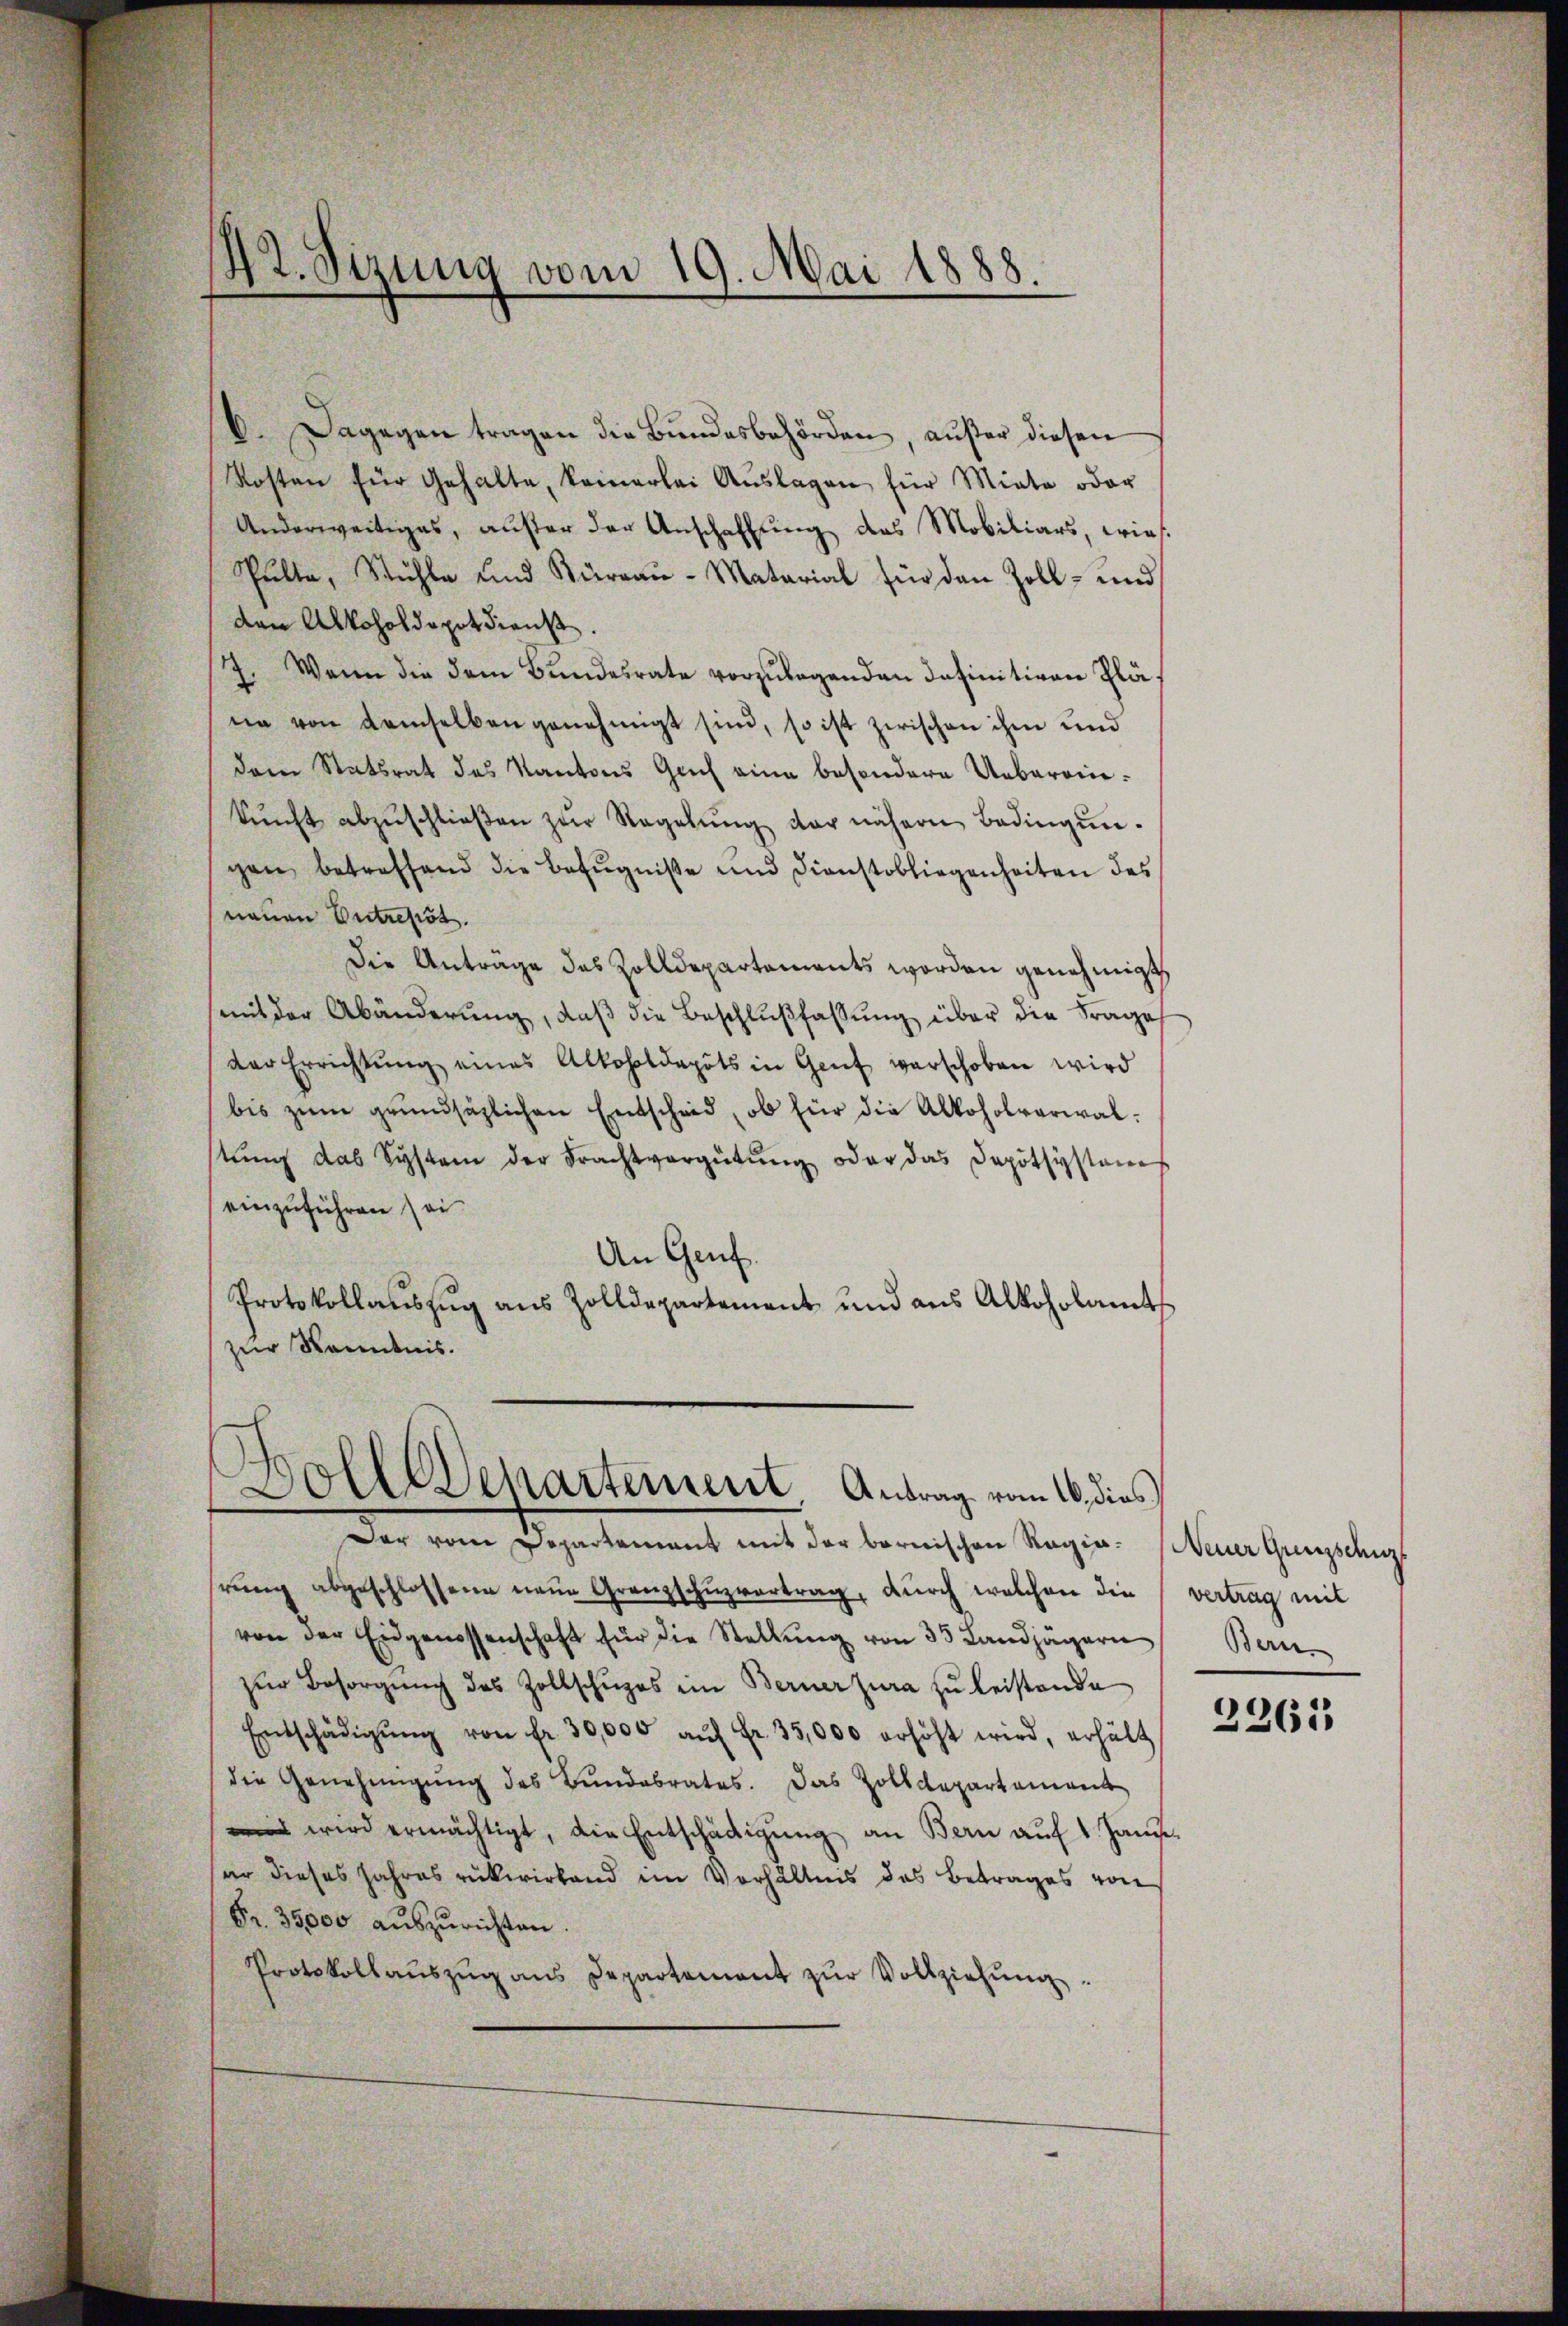
6. Dagegen tragen die Bundesbehörden, außer diesen
Kosten für Gehalte, keinerlei Aŭslagen für Miete oder
Anderweitiges, außer der Anschaffung des Mobiliars, wies
Pulta, Stühle und Kurrau-Matarial für den Zoll- und
dan Alkoholdopot dienst.
7. Wenn die dem Bundesrate vorzulegenden Infinitiven Pläne von demselben genehmigt sind, so ist zwischen ihm und
dem Statsrat des Kantons Grich eine besondere Uebereinkŭnft abzŭschlieβen zŭr Regelŭng der nähern Bedingŭn-
gen betreffend die Befugniße und Dienstobliegenheiten des
nauen Entrepist.
Die Anträge des Zolldepartements worden genehmigt
(mit der Abänderung, daß die Beschlußfassung über die Frages
der Errichtŭng eines Alkoholdepots in Genf verschoben wird
bis zŭm grundsätzlichen Entscheid, ob für die Alkoholverwalstŭng das System der Frachtvergütŭng oder das Depotsystemes
einzuführen sei
An Genf.
Protokollaŭszŭg aŭs Zolldepartement und aŭs Alkoholamt
zur Kenntnis.

42. Sizung vom 19. Mai 1888.

Doll Departement Antrag vom 16. dies

hrung abgeschlossene neue Granzschuzvortrag, durch welchen die
von der Eidgenossenschaft für die Stellŭng von 33 Landjägern
zŭr Besorgŭng des Zollschŭpes ein Berner Jura zŭ leistende
Entschädigŭng von fr. 30,000 aŭf Fr. 35,000 erhöht wird, erhält
die Genehmigŭng des Bundebrates. Das Zolldepartement
 wird ermächtigt, die Entschädigŭng an Bern aŭf 1 Janze
er dieses Jahres rükwirkend im Verhältnis des Betrages von
Fr. 35,000 auszurichten.
Protokollaŭszŭg ans Departement zŭr Vollziehŭng.

Der von Departement mit der berischen Sargie. keine Gangelang

vertrag mit
Bern

2263